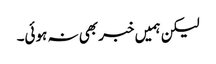
لیکن ہمیں خبر بھی نہ ہوئی۔